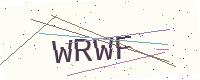
Text: WRWF